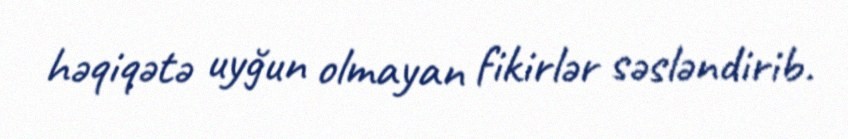
həqiqətə uyğun olmayan fikirlər səsləndirib.